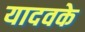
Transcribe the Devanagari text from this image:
यादवके